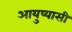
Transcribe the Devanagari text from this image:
आयुष्यासी